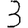
Digit: 3